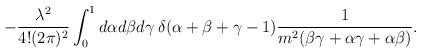
\begin{align*}-\frac{\lambda^2}{4! (2 \pi)^2}\int_0^1 d\alpha d\beta d\gamma \hspace{1mm} \delta(\alpha+\beta+\gamma - 1) \frac{1}{m^2(\beta \gamma+\alpha \gamma+\alpha \beta)}.\end{align*}